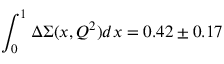
\int _ { 0 } ^ { 1 } \Delta \Sigma ( x , Q ^ { 2 } ) d x = 0 . 4 2 \pm 0 . 1 7